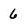
Character: 6